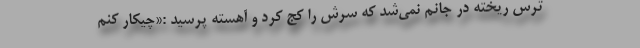
ترس ریخته در جانم نمی‌شد که سرش را کج کرد و آهسته پرسید :«چیکار کنم